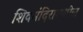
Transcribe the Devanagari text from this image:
शिवमंदिरामधील